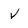
Character: V